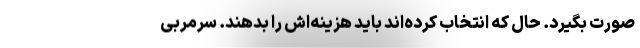
صورت بگیرد. حال که انتخاب کرده‌اند باید هزینه‌‌اش را بدهند. سرمربی